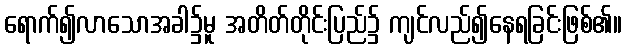
ရောက်၍လာသောအခါ၌မူ အတိတ်တိုင်းပြည်၌ ကျင်လည်၍နေရခြင်းဖြစ်၏။